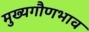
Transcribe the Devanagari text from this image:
मुख्यगौणभाव